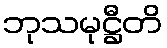
ဘုသမုဋ္ဌီတိ